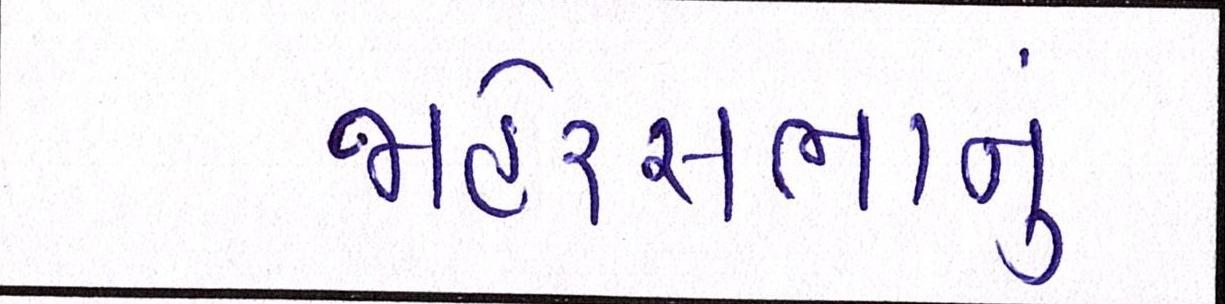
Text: જાહેરસભાનું